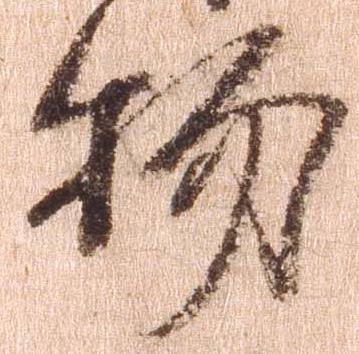
物